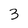
Character: 3